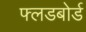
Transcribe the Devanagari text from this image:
फ्लडबोर्ड